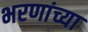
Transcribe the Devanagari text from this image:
भरणांच्या